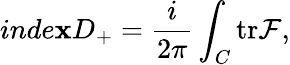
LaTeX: inde\mathbf{x}D_{+}=\frac{{i}}{{2\pi}}\int_{C}{\mathrm{{tr}}{\cal{F}}},